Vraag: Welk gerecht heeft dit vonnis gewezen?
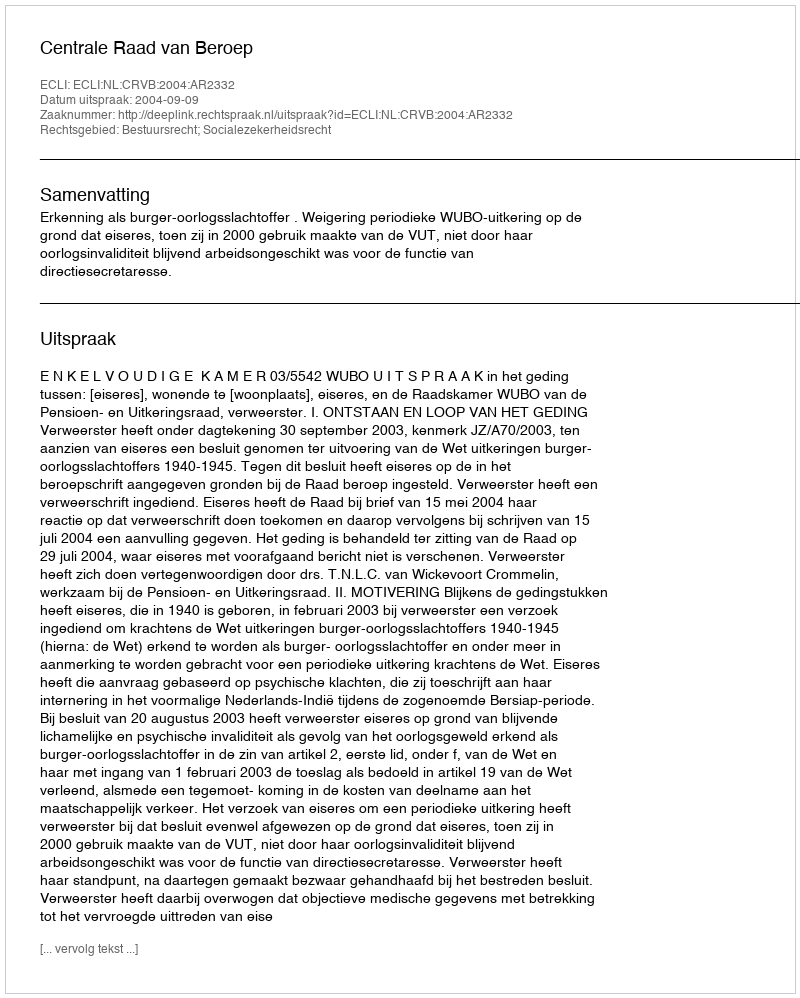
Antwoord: Centrale Raad van Beroep